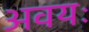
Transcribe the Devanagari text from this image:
अवयः